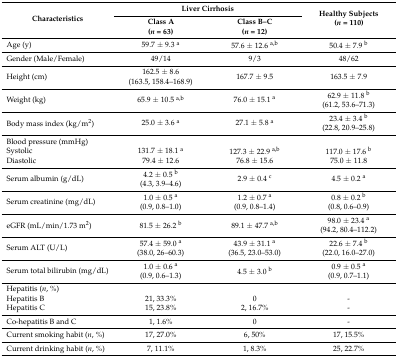
<table><thead><tr><td rowspan="2"><b>Characteristics</b></td><td colspan="2"><b>Liver Cirrhosis</b></td><td rowspan="2"><b>Healthy Subjects(<i>n</i> = 110)</b></td></tr><tr><td><b>Class A(<i>n</i> = 63)</b></td><td><b>Class B–C(<i>n</i> = 12)</b></td></tr></thead><tbody><tr><td>Age (y)</td><td>59.7 ± 9.3 <sup>a</sup></td><td>57.6 ± 12.6 <sup>a,b</sup></td><td>50.4 ± 7.9 <sup>b</sup></td></tr><tr><td>Gender (Male/Female)</td><td>49/14</td><td>9/3</td><td>48/62</td></tr><tr><td>Height (cm)</td><td>162.5 ± 8.6(163.5, 158.4–168.9)</td><td>167.7 ± 9.5</td><td>163.5 ± 7.9</td></tr><tr><td>Weight (kg)</td><td>65.9 ± 10.5 <sup>a,b</sup></td><td>76.0 ± 15.1 <sup>a</sup></td><td>62.9 ± 11.8 <sup>b</sup>(61.2, 53.6–71.3)</td></tr><tr><td>Body mass index (kg/m<sup>2</sup>)</td><td>25.0 ± 3.6 <sup>a</sup></td><td>27.1 ± 5.8 <sup>a</sup></td><td>23.4 ± 3.4 <sup>b</sup>(22.8, 20.9–25.8)</td></tr><tr><td>Blood pressure (mmHg)</td><td></td><td></td><td></td></tr><tr><td>Systolic</td><td>131.7 ± 18.1 <sup>a</sup></td><td>127.3 ± 22.9 <sup>a,b</sup></td><td>117.0 ± 17.6 <sup>b</sup></td></tr><tr><td>Diastolic</td><td>79.4 ± 12.6</td><td>76.8 ± 15.6</td><td>75.0 ± 11.8</td></tr><tr><td>Serum albumin (g/dL)</td><td>4.2 ± 0.5 <sup>b</sup>(4.3, 3.9–4.6)</td><td>2.9 ± 0.4 <sup>c</sup></td><td>4.5 ± 0.2 <sup>a</sup></td></tr><tr><td>Serum creatinine (mg/dL)</td><td>1.0 ± 0.5 <sup>a</sup>(0.9, 0.8–1.0)</td><td>1.2 ± 0.7 <sup>a</sup>(0.9, 0.8–1.4)</td><td>0.8 ± 0.2 <sup>b</sup>(0.8, 0.6–0.9)</td></tr><tr><td>eGFR (mL/min/1.73 m<sup>2</sup>)</td><td>81.5 ± 26.2 <sup>b</sup></td><td>89.1 ± 47.7 <sup>a,b</sup></td><td>98.0 ± 23.4 <sup>a</sup>(94.2, 80.4–112.2)</td></tr><tr><td>Serum ALT (U/L)</td><td>57.4 ± 59.0 <sup>a</sup>(38.0, 26–60.3)</td><td>43.9 ± 31.1 <sup>a</sup>(36.5, 23.0–53.0)</td><td>22.6 ± 7.4 <sup>b</sup>(22.0, 16.0–27.0)</td></tr><tr><td>Serum total bilirubin (mg/dL)</td><td>1.0 ± 0.6 <sup>a</sup>(0.9, 0.6–1.3)</td><td>4.5 ± 3.0 <sup>b</sup></td><td>0.9 ± 0.5 <sup>a</sup>(0.9, 0.7–1.1)</td></tr><tr><td>Hepatitis (<i>n</i>, %)</td><td></td><td></td><td></td></tr><tr><td>Hepatitis B</td><td>21, 33.3%</td><td>0</td><td>-</td></tr><tr><td>Hepatitis C</td><td>15, 23.8%</td><td>2, 16.7%</td><td>-</td></tr><tr><td>Co-hepatitis B and C</td><td>1, 1.6%</td><td>0</td><td>-</td></tr><tr><td>Current smoking habit (<i>n</i>, %)</td><td>17, 27.0%</td><td>6, 50%</td><td>17, 15.5%</td></tr><tr><td>Current drinking habit (<i>n</i>, %)</td><td>7, 11.1%</td><td>1, 8.3%</td><td>25, 22.7%</td></tr></tbody></table>